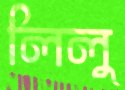
লিলু